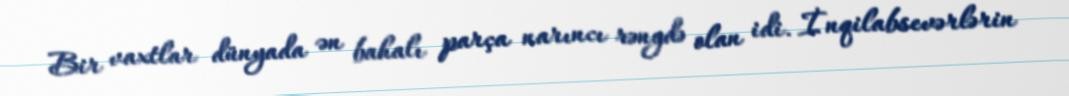
Bir vaxtlar dünyada ən bahalı parça narıncı rəngdə olan idi. İnqilabsevərlərin